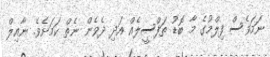
ނަމަވެސް ފިލްމުގެ މާ ބޮޑު ތަފްސީލެއް އަދި ދެވެން ނެތް ކަމަށެވެ. ނާއިލް